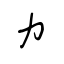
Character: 力